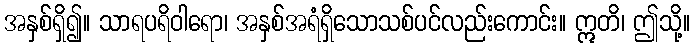
အနှစ်ရှိ၍။ သာရပရိဝါရော၊ အနှစ်အရံရှိသောသစ်ပင်လည်းကောင်း။ ဣတိ၊ ဤသို့။